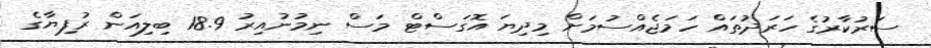
ސަރުކާރުގެ ހަރަދުތައް ހަމަޖެއްސުމަށް މިދިޔަ އޮގަސްޓް މަސް ނިމުނުއިރު 18.9 ބިލިއަން ރުފިޔާގެ